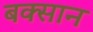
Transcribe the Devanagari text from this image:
बक्सान